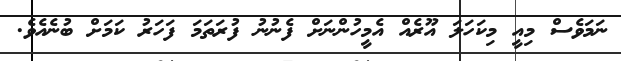
ނަމަވެސް މިއީ މިކަހަލަ އޫރެއް އެމީހުންނަށް ފެނުނު ފުރަތަމަ ފަހަރު ކަމަށް ބުނެއެވެ.